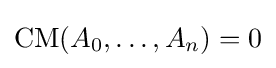
\operatorname {CM} (A_{0},\ldots ,A_{n})=0